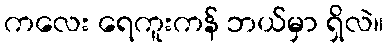
ကလေး ရေကူးကန် ဘယ်မှာ ရှိလဲ။